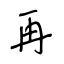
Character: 再